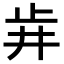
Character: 𣥟